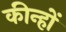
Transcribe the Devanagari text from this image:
कीन्हों